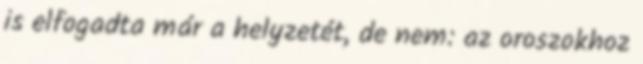
is elfogadta már a helyzetét, de nem: az oroszokhoz